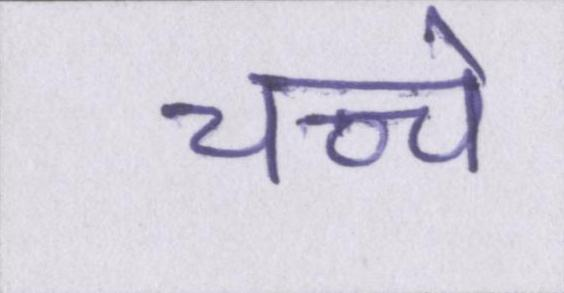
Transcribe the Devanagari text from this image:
चच्चे